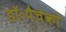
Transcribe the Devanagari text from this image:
डॉ॰पैचेको